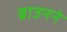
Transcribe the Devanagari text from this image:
ब्राउनने